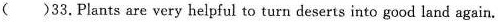
()33.Plants are very helpful to turn deserts into good land again.